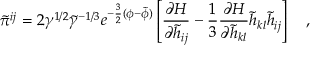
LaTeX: \tilde { \pi } ^ { i j } = 2 \gamma ^ { 1 / 2 } \tilde { \gamma } ^ { - 1 / 3 } e ^ { - \frac { 3 } { 2 } ( \phi - \tilde { \phi } ) } \left[ \frac { \partial H } { \partial \tilde { h } _ { i j } } - \frac { 1 } { 3 } \frac { \partial H } { \partial \tilde { h } _ { k l } } \tilde { h } _ { k l } \tilde { h } _ { i j } \right] ~ ~ ~ ,